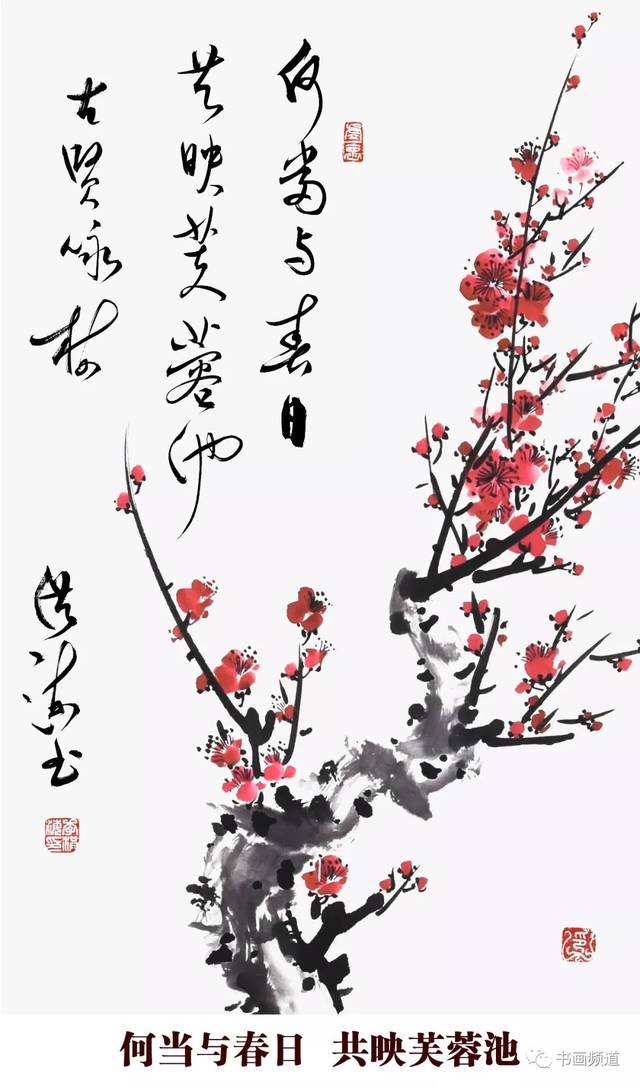
分手脱相赠，平生一片心。